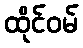
ထိုင်ဝမ်